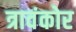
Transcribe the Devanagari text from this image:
त्रावंकोर